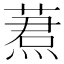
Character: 蔒